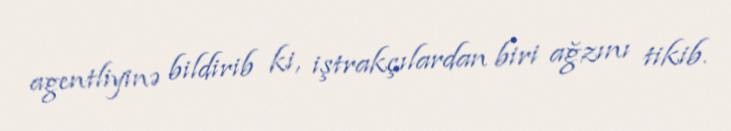
agentliyinə bildirib ki, iştrakçılardan biri ağzını tikib.